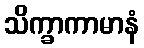
သိက္ခာကာမာနံ